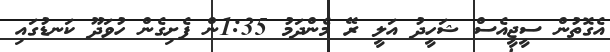
އެގޮތުން ސީޖީއެސް ޝަހީދު އަލީ ރޭ މެންދަމު 1:35ން ފެށިގެން ހުވަދޫ ކަނޑުގައި